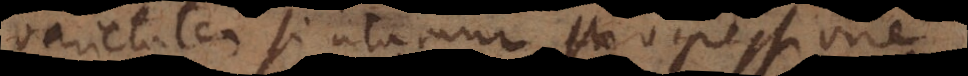
varietatem si utamur progressione